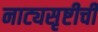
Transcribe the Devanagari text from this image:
नाट्यसृष्टीची